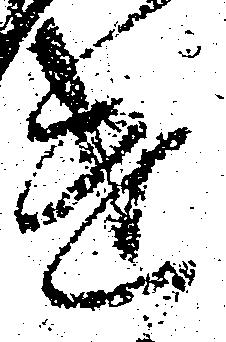
遣